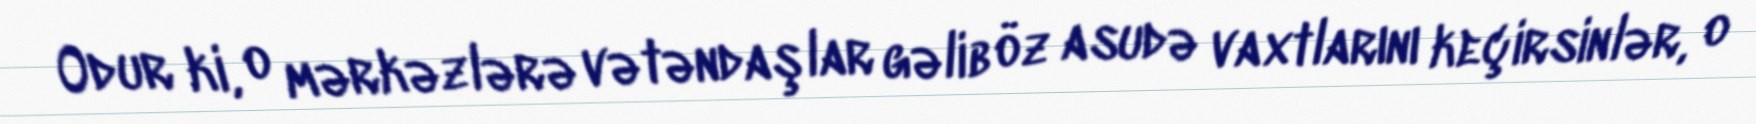
Odur ki, o mərkəzlərə vətəndaşlar gəlib öz asudə vaxtlarını keçirsinlər, o